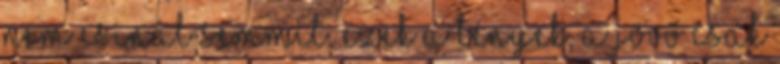
nem csinál semmit. Ezek a tények, a jövő csak